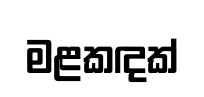
මළකඳක්